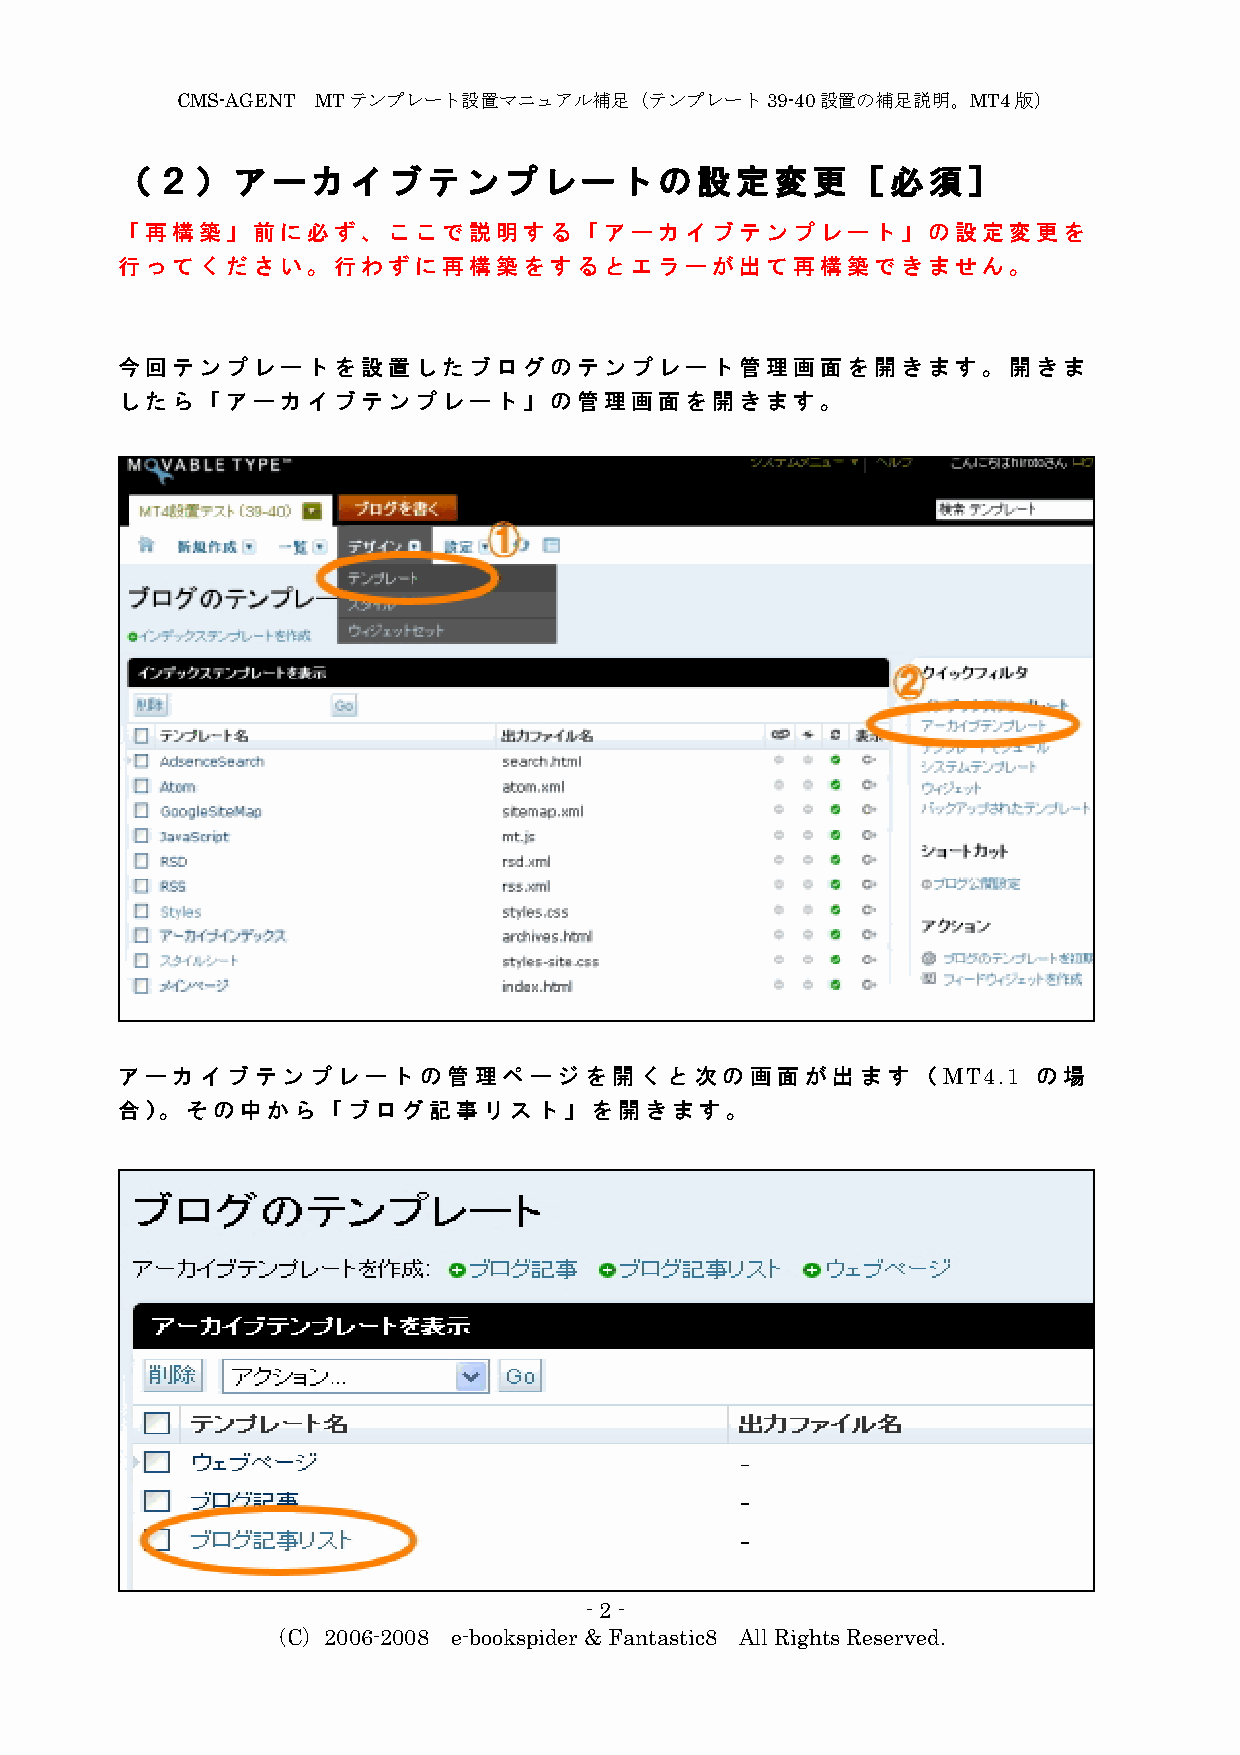
CMS-AGENT MTテンプレート設置マニュアル補足（テンプレート39-40設置の補足説明。MT4版）
 （２）アーカイブテンプレートの設定変更［必須］
 「再構築」前に必ず、ここで説明する「アーカイブテンプレート」の設定変更を
 行ってください。行わずに再構築をするとエラーが出て再構築できません。
 今回テンプレートを設置したブログのテンプレート管理画面を開きます。開きま
 したら「アーカイブテンプレート」の管理画面を開きます。
 アーカイブテンプレートの管理ページを開くと次の画面が出ます（MT4.1                          の場
 合）。その中から「ブログ記事リスト」を開きます。
 -2 -
 （C）2006-2008 e-bookspider & Fantastic8 All Rights Reserved.